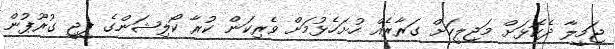
ޖަމީލާ ދެކޮޅަށް މަޖިލީހަށް ގަރާރެއް ހުށަހެޅުމަށް ވެރިކަން ކުރާ ކޯލިޝަންގެ ޕީޖީ ގުރޫޕުން